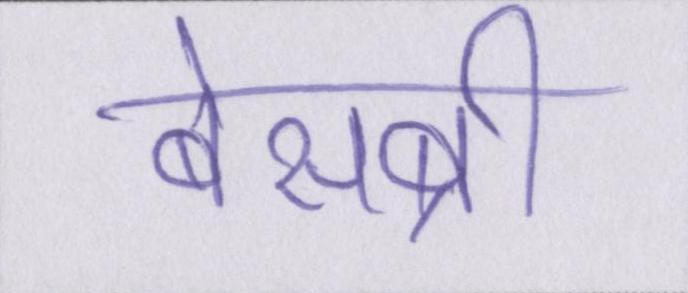
बेसब्री